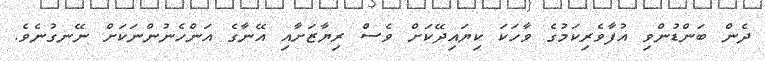
ދެން ބަންޑުންވި އުފާވެރިކަމުގެ ވާހަކަ ކިޔައިދޭކަށް ވެސް ރިޔާޒަށާއި އޭނާގެ އަންހެނުންނަކަށް ނޭނގުނެވެ.